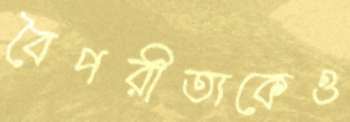
বৈপরীত্যকেও